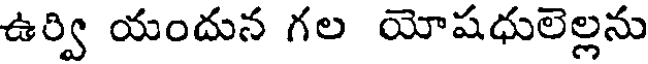
ఉర్వి యందున గల యోషధులెల్లను